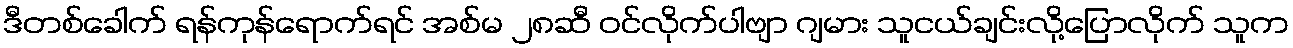
ဒီတစ်ခေါက် ရန်ကုန်ရောက်ရင် အစ်မ ၂၈ဆီ ဝင်လိုက်ပါဗျာ ဂျမား သူငယ်ချင်းလို့ပြောလိုက် သူက